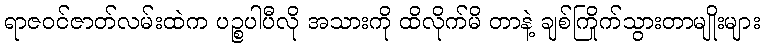
ရာဇဝင်ဇာတ်လမ်းထဲက ပဉ္စပါပီလို အသားကို ထိလိုက်မိ တာနဲ့ ချစ်ကြိုက်သွားတာမျိုးများ